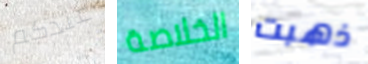
عندكم الخلاصة ذهبت